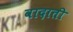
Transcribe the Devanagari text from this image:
वादाती